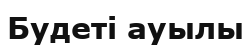
Будеті ауылы